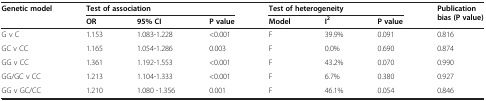
<table><thead><tr><td rowspan="2"><b>Genetic model</b></td><td colspan="3"><b>Test of association</b></td><td colspan="3"><b>Test of heterogeneity</b></td><td rowspan="2"><b>Publication bias (P value)</b></td></tr><tr><td><b>OR</b></td><td><b>95% CI</b></td><td><b>P value</b></td><td><b>Model</b></td><td><b>I<sup>2</sup></b></td><td><b>P value</b></td></tr></thead><tbody><tr><td>G v C</td><td>1.153</td><td>1.083-1.228</td><td>&lt;0.001</td><td>F</td><td>39.9%</td><td>0.091</td><td>0.816</td></tr><tr><td>GC v CC</td><td>1.165</td><td>1.054-1.286</td><td>0.003</td><td>F</td><td>0.0%</td><td>0.690</td><td>0.874</td></tr><tr><td>GG v CC</td><td>1.361</td><td>1.192-1.553</td><td>&lt;0.001</td><td>F</td><td>43.2%</td><td>0.070</td><td>0.990</td></tr><tr><td>GG/GC v CC</td><td>1.213</td><td>1.104-1.333</td><td>&lt;0.001</td><td>F</td><td>6.7%</td><td>0.380</td><td>0.927</td></tr><tr><td>GG v GC/CC</td><td>1.210</td><td>1.080 -1.356</td><td>0.001</td><td>F</td><td>46.1%</td><td>0.054</td><td>0.846</td></tr></tbody></table>